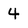
Character: 4